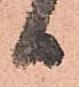
日